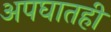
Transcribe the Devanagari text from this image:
अपघातही